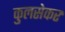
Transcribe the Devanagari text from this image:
कुलसेकर